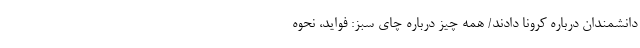
دانشمندان درباره کرونا دادند/ همه چیز درباره چای سبز: فواید، نحوه